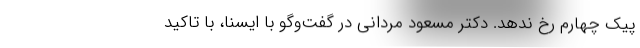
پیک چهارم رخ ندهد. دکتر مسعود مردانی در گفت‌وگو با ایسنا، با تاکید